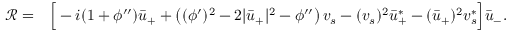
\begin{array} { r l } { { \mathcal { R } } = } & { \Big [ - i ( 1 + \phi ^ { \prime \prime } ) \bar { u } _ { + } + \left( ( \phi ^ { \prime } ) ^ { 2 } - 2 | \bar { u } _ { + } | ^ { 2 } - \phi ^ { \prime \prime } \right) v _ { s } - ( v _ { s } ) ^ { 2 } \bar { u } _ { + } ^ { * } - ( \bar { u } _ { + } ) ^ { 2 } v _ { s } ^ { * } \Big ] \bar { u } _ { - } . } \end{array}